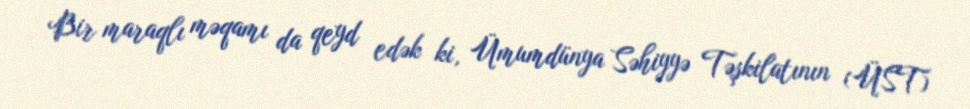
Bir maraqlı məqamı da qeyd edək ki, Ümumdünya Səhiyyə Təşkilatının (ÜST)